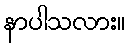
နာပါသလား။